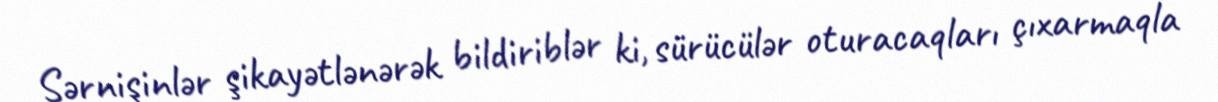
Sərnişinlər şikayətlənərək bildiriblər ki, sürücülər oturacaqları çıxarmaqla